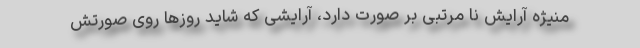
منیژه آرایش نا مرتبی بر صورت دارد، آرایشی که شاید روزها روی صورتش